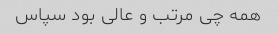
همه چی مرتب و عالی بود سپاس